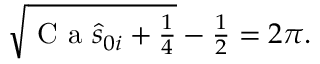
\begin{array} { r } { \sqrt { \textrm { C a } \hat { s } _ { 0 i } + \frac { 1 } { 4 } } - \frac { 1 } { 2 } = 2 \pi . } \end{array}